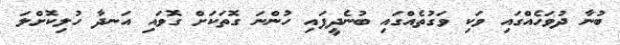
ބުނާ ދުވަހެއްގައި ވަކި ވަގުތެއްގައި ބުނެދީފައި ހުންނަ ގޮތަކަށް ގޮވައި އަނދާ ހުލިކޮށްލަ